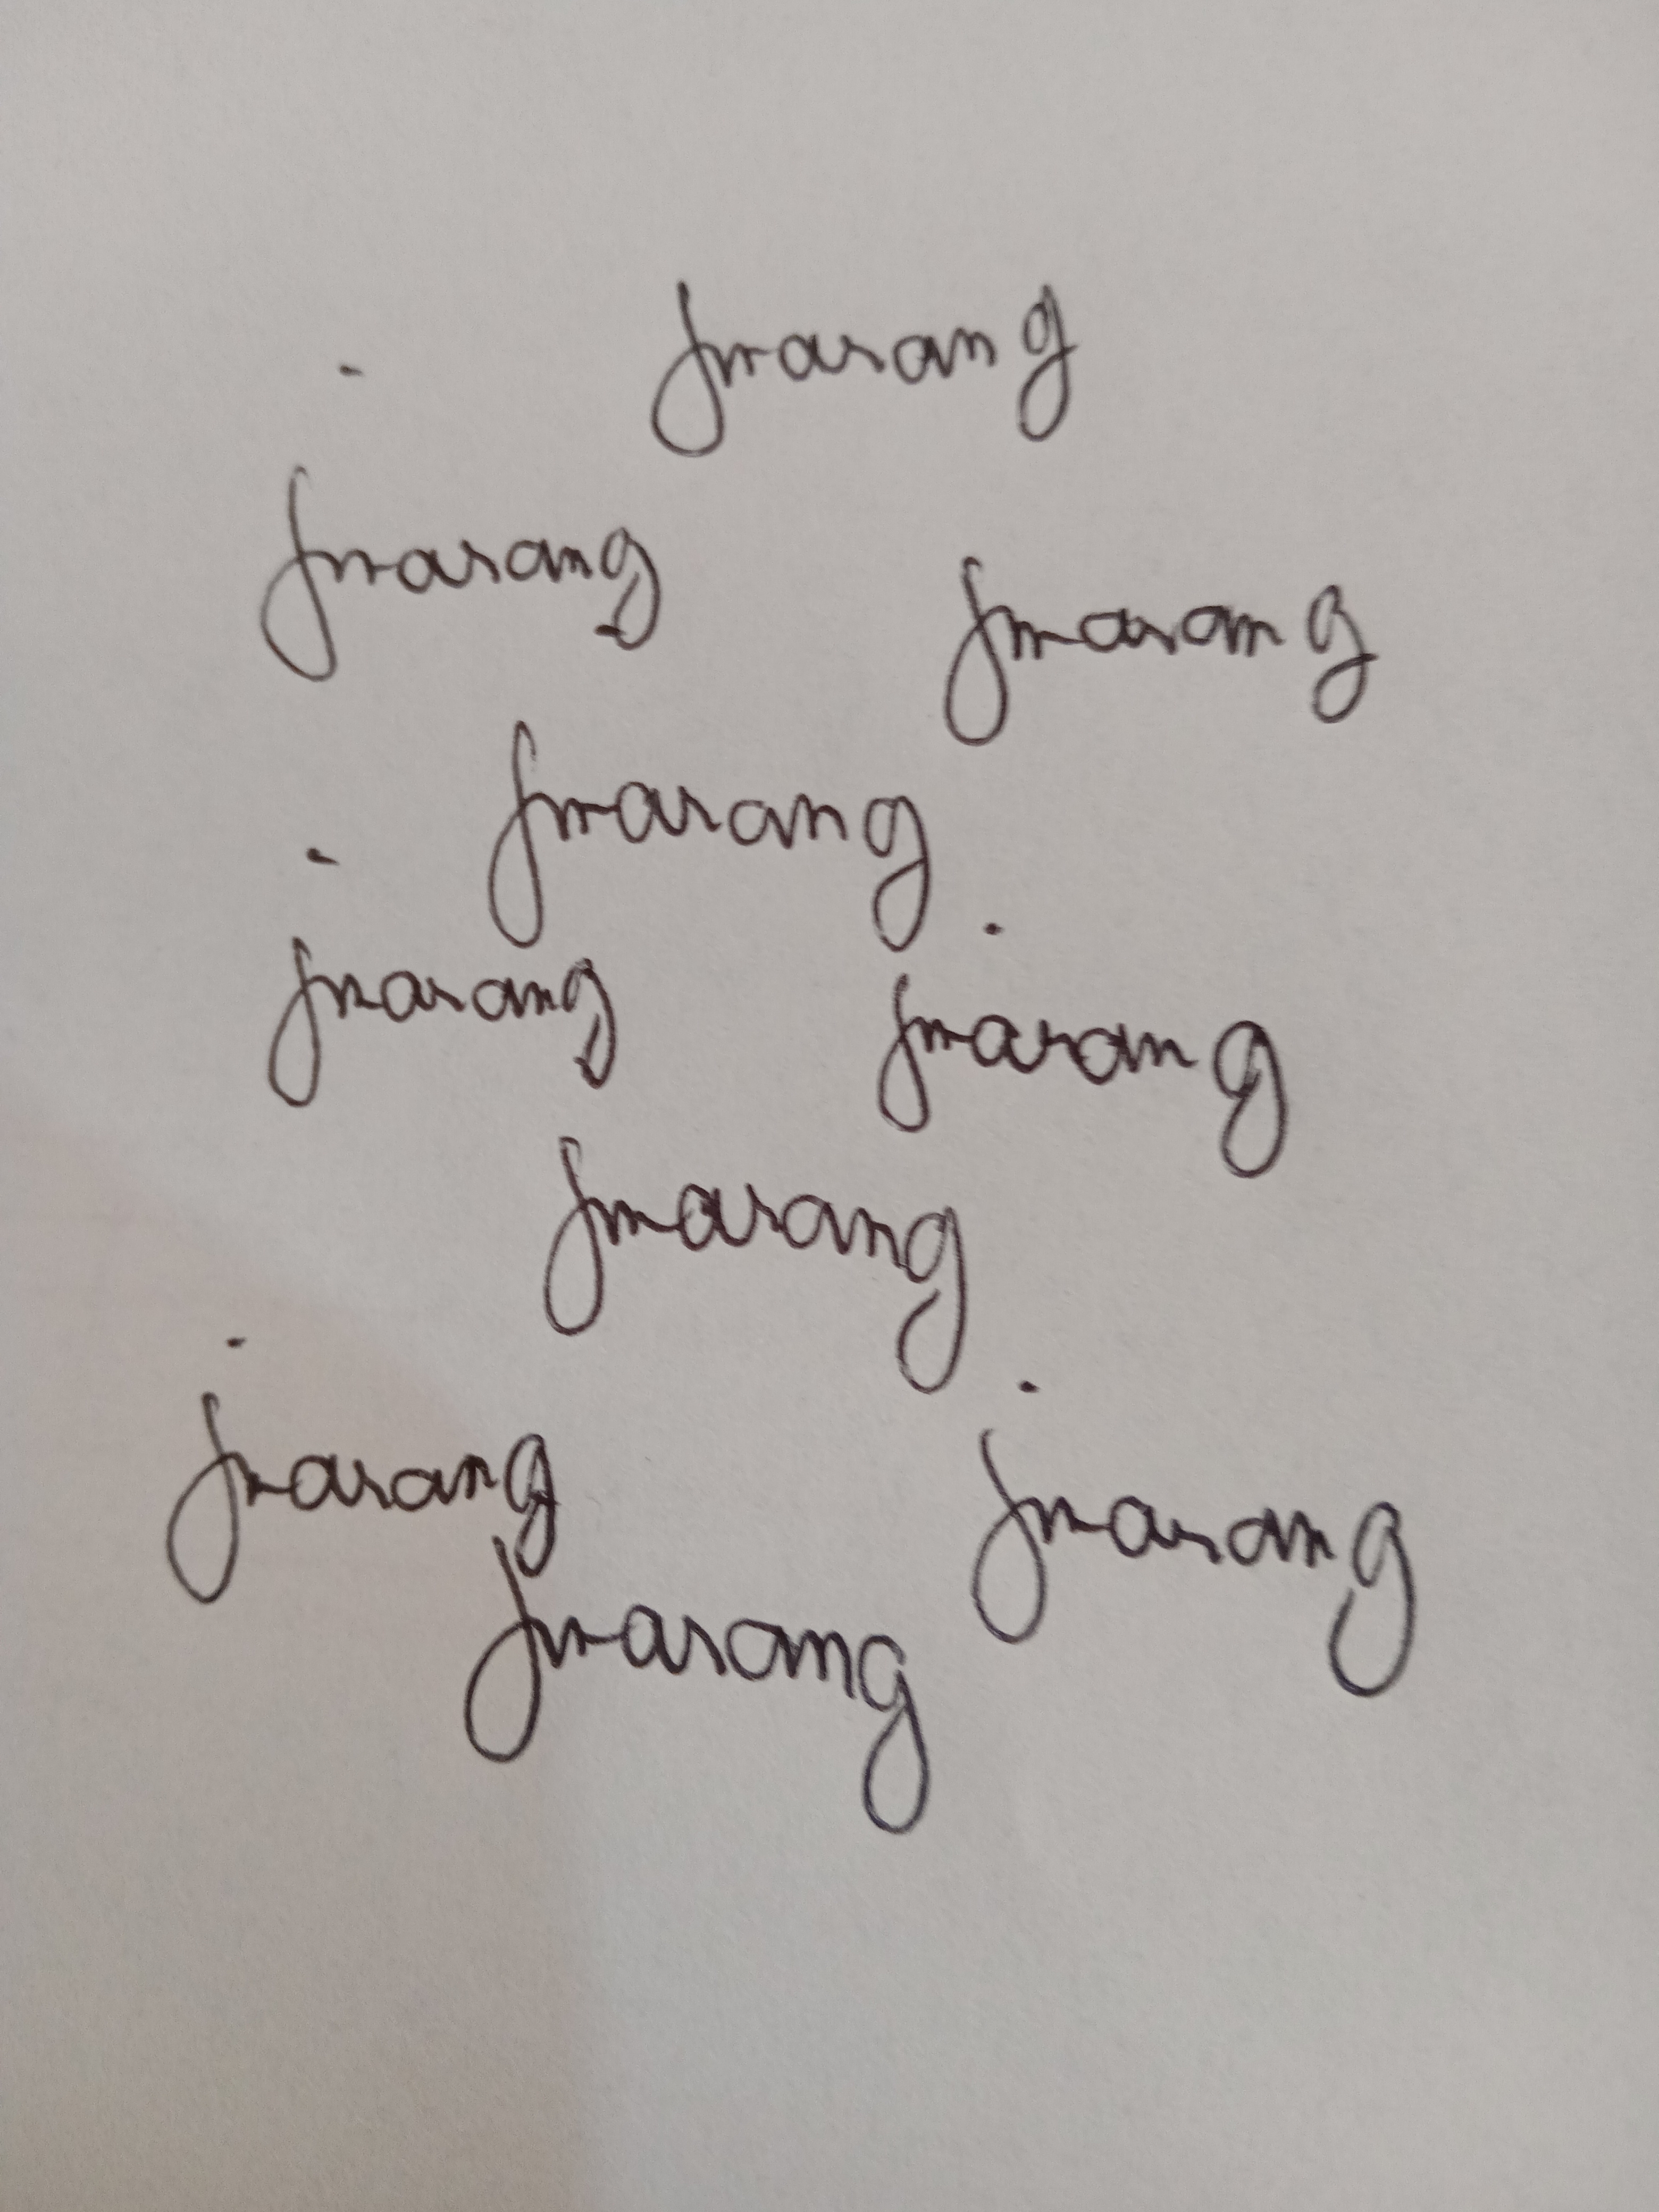
Signature authenticity: genuine